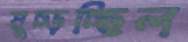
মুচ্‌ড়চ্ছিল